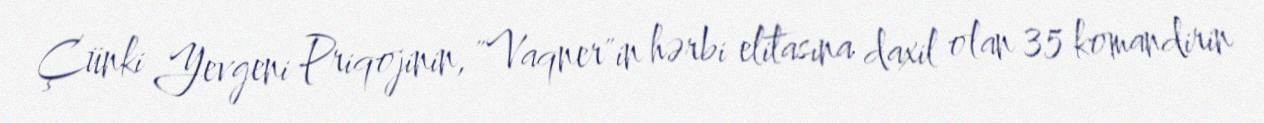
Çünki Yevgeni Priqojinin, "Vaqner"in hərbi elitasına daxil olan 35 komandirin